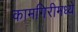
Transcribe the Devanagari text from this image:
कामगिरीमध्ये